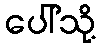
ပေါ်သို့